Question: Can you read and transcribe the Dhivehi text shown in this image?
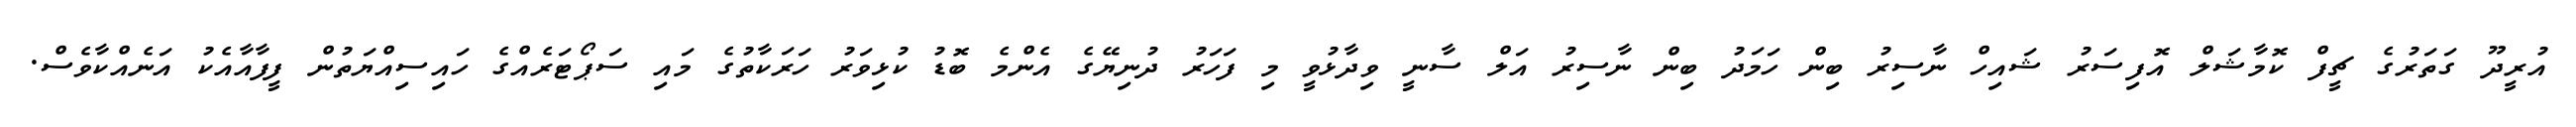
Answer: އުރީދޫ ގަތަރުގެ ޗީފް ކޮމާޝަލް އޮފިސަރު ޝައިހް ނާސިރު ބިން ހަމަދު ބިން ނާސިރު އަލް ސާނީ ވިދާޅުވީ މި ފަހަރު ދުނިޔޭގެ އެންމެ ބޮޑު ކުޅިވަރު ހަރަކާތުގެ މައި ސަޕޯޓަރެއްގެ ހައިސިއްޔަތުން ފީފާއާއެކު އަނެއްކާވެސް.